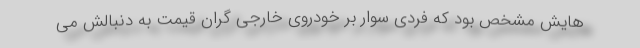
هایش مشخص بود که فردی سوار بر خودروی خارجی گران قیمت به دنبالش می